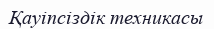
Қауіпсіздік техникасы